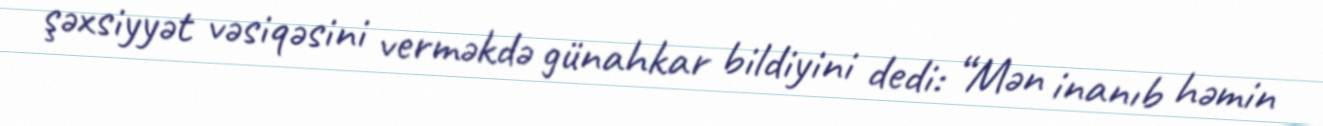
şəxsiyyət vəsiqəsini verməkdə günahkar bildiyini dedi: “Mən inanıb həmin